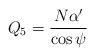
LaTeX: \begin{align*}Q_5 = \frac{N \alpha'}{\cos\psi}\end{align*}